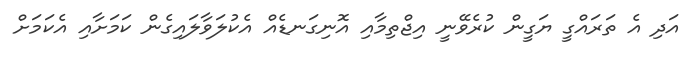
އަދި އެ ތަރައްގީ ޔަގީން ކުރެވޭނީ އިޖްތިމާއި އޮނިގަނޑެއް އެކުލަވާލައިގެން ކަމަށާއި އެކަމަށް